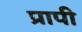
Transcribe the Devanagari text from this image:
प्रापी